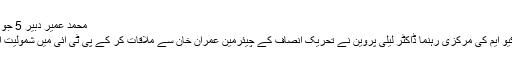
محمد عمیر دبیر 5 جولائی 2018
کراچی: ایم کیو ایم کی مرکزی رہنما ڈاکٹر لیلیٰ پروین نے تحریک انصاف کے چیئرمین عمران خان سے ملاقات کر کے پی ٹی آئی میں شمولیت اختیار کرلی۔